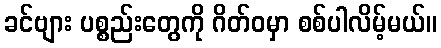
ခင်ဗျား ပစ္စည်းတွေကို ဂိတ်ဝမှာ စစ်ပါလိမ့်မယ်။